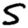
Digit: 5